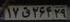
۱۷ق۲۶۴۲۹